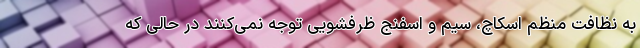
به نظافت منظم اسکاچ، سیم و اسفنج ظرفشویی توجه نمی‌کنند در حالی که